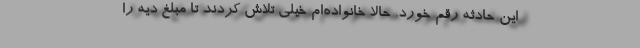
این حادثه رقم خورد. حالا خانواده‌ام خیلی تلاش کردند تا مبلغ دیه را